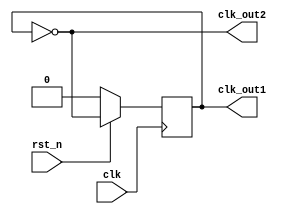
module half_clk (
    input  wire clk, rst_n,
    output reg  clk_out1, clk_out2
    );
    
    always @(posedge clk) begin
        if (~rst_n)
            clk_out1 <= 0;
        else
            clk_out1 <= ~clk_out1;
    end

    always @(clk_out1) clk_out2 = ~clk_out1;

endmodule